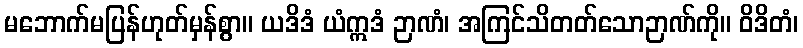
မဘောက်မပြန်ဟုတ်မှန်စွာ။ ယဒိဒံ ယံဣဒံ ဉာဏံ၊ အကြင်သိတတ်သောဉာဏ်ကို။ ဝိဒိတံ၊